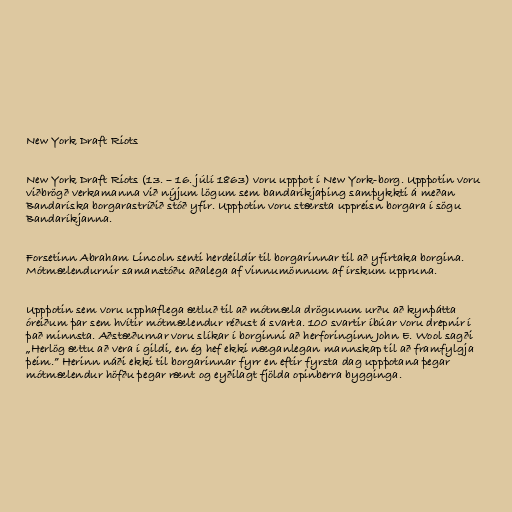
New York Draft Riots

New York Draft Riots (13. – 16. júlí 1863) voru uppþot í New York-borg. Uppþotin voru
viðbrögð verkamanna við nýjum lögum sem bandaríkjaþing samþykkti á meðan
Bandaríska borgarastríðið stóð yfir. Uppþotin voru stærsta uppreisn borgara í sögu
Bandaríkjanna.

Forsetinn Abraham Lincoln senti herdeildir til borgarinnar til að yfirtaka borgina.
Mótmælendurnir samanstóðu aðalega af vinnumönnum af írskum uppruna.

Uppþotin sem voru upphaflega ætluð til að mótmæla drögunum urðu að kynþátta
óreiðum þar sem hvítir mótmælendur réðust á svarta. 100 svartir íbúar voru drepnir í
það minnsta. Aðstæðurnar voru slíkar í borginni að herforinginn John E. Wool sagði
„Herlög ættu að vera í gildi, en ég hef ekki næganlegan mannskap til að framfylgja
þeim.” Herinn náði ekki til borgarinnar fyrr en eftir fyrsta dag uppþotana þegar
mótmælendur höfðu þegar rænt og eyðilagt fjölda opinberra bygginga.